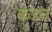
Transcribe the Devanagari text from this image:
कडन